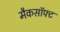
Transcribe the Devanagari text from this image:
मैकसॉफ्ट